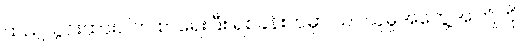
ထည့်သွင်းထားပါက စာရေးပြီး ရဲစခန်းထဲမှာ သင်ယူမှုအတွေ့အကြုံကို